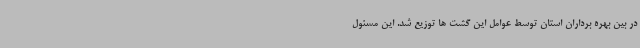
در بین بهره برداران استان توسط عوامل این گشت ها توزیع شد. این مسئول